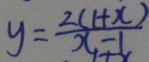
y = \frac { 2 ( 1 + x ) } { x - 1 }